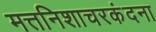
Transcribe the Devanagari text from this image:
मत्तनिशाचरकंदना